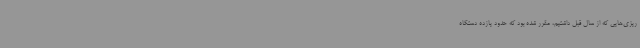
ریزی‌هایی که از سال قبل داشتیم، مقرر شده بود که حدود یازده دستگاه